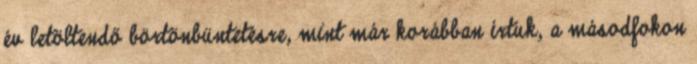
év letöltendő börtönbüntetésre, mint már korábban írtuk, a másodfokon